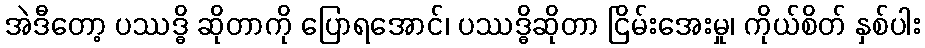
အဲဒီတော့ ပဿဒ္ဓိ ဆိုတာကို ပြောရအောင်၊ ပဿဒ္ဓိဆိုတာ ငြိမ်းအေးမှု၊ ကိုယ်စိတ် နှစ်ပါး